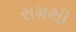
રામથી